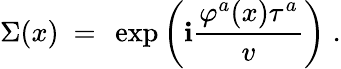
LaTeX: \Sigma(x)~=~\exp\left(\mathbf{i}\frac{{\varphi^{a}(x)\tau^{a}}}{{v}}\right)\; .